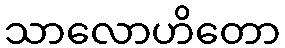
သာလောဟိတော